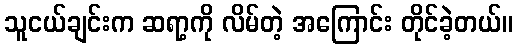
သူငယ်ချင်းက ဆရာ့ကို လိမ်တဲ့ အကြောင်း တိုင်ခဲ့တယ်။